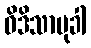
ဝိဒိသာမုခါ